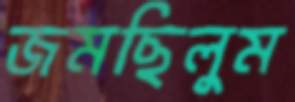
জমছিলুম